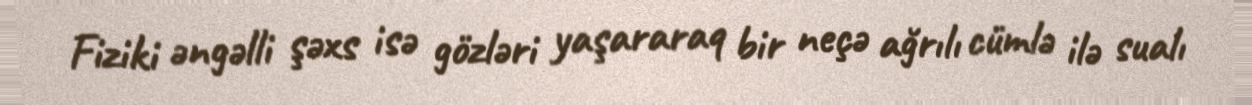
Fiziki əngəlli şəxs isə gözləri yaşararaq bir neçə ağrılı cümlə ilə sualı